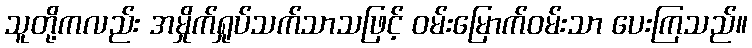
သူတို့ကလည်း အမှိုက်ရှုပ်သက်သာသဖြင့် ဝမ်းမြောက်ဝမ်းသာ ပေးကြသည်။